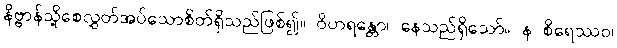
နိဗ္ဗာန်သို့စေလွှတ်အပ်သောစိတ်ရှိသည်ဖြစ်၍။ ဝိဟရန္တော၊ နေသည်ရှိသော်။ န စိရေဿဝ၊